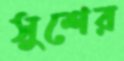
সুশের